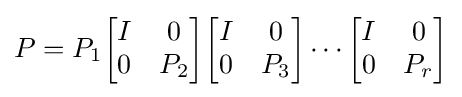
P=P_{1}{\begin{bmatrix}I&0\\0&P_{2}\end{bmatrix}}{\begin{bmatrix}I&0\\0&P_{3}\end{bmatrix}}\cdots {\begin{bmatrix}I&0\\0&P_{r}\end{bmatrix}}